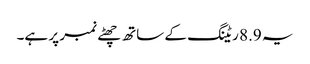
یہ 8.9 ریٹنگ کے ساتھ چھٹے نمبر پر ہے۔